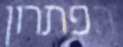
הפתרון